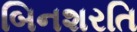
બિનશરતિ